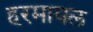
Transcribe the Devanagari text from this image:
हरमायल